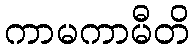
ကာမကာမီတိ